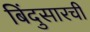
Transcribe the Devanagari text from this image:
बिंदुसारची